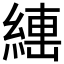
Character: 𱹺